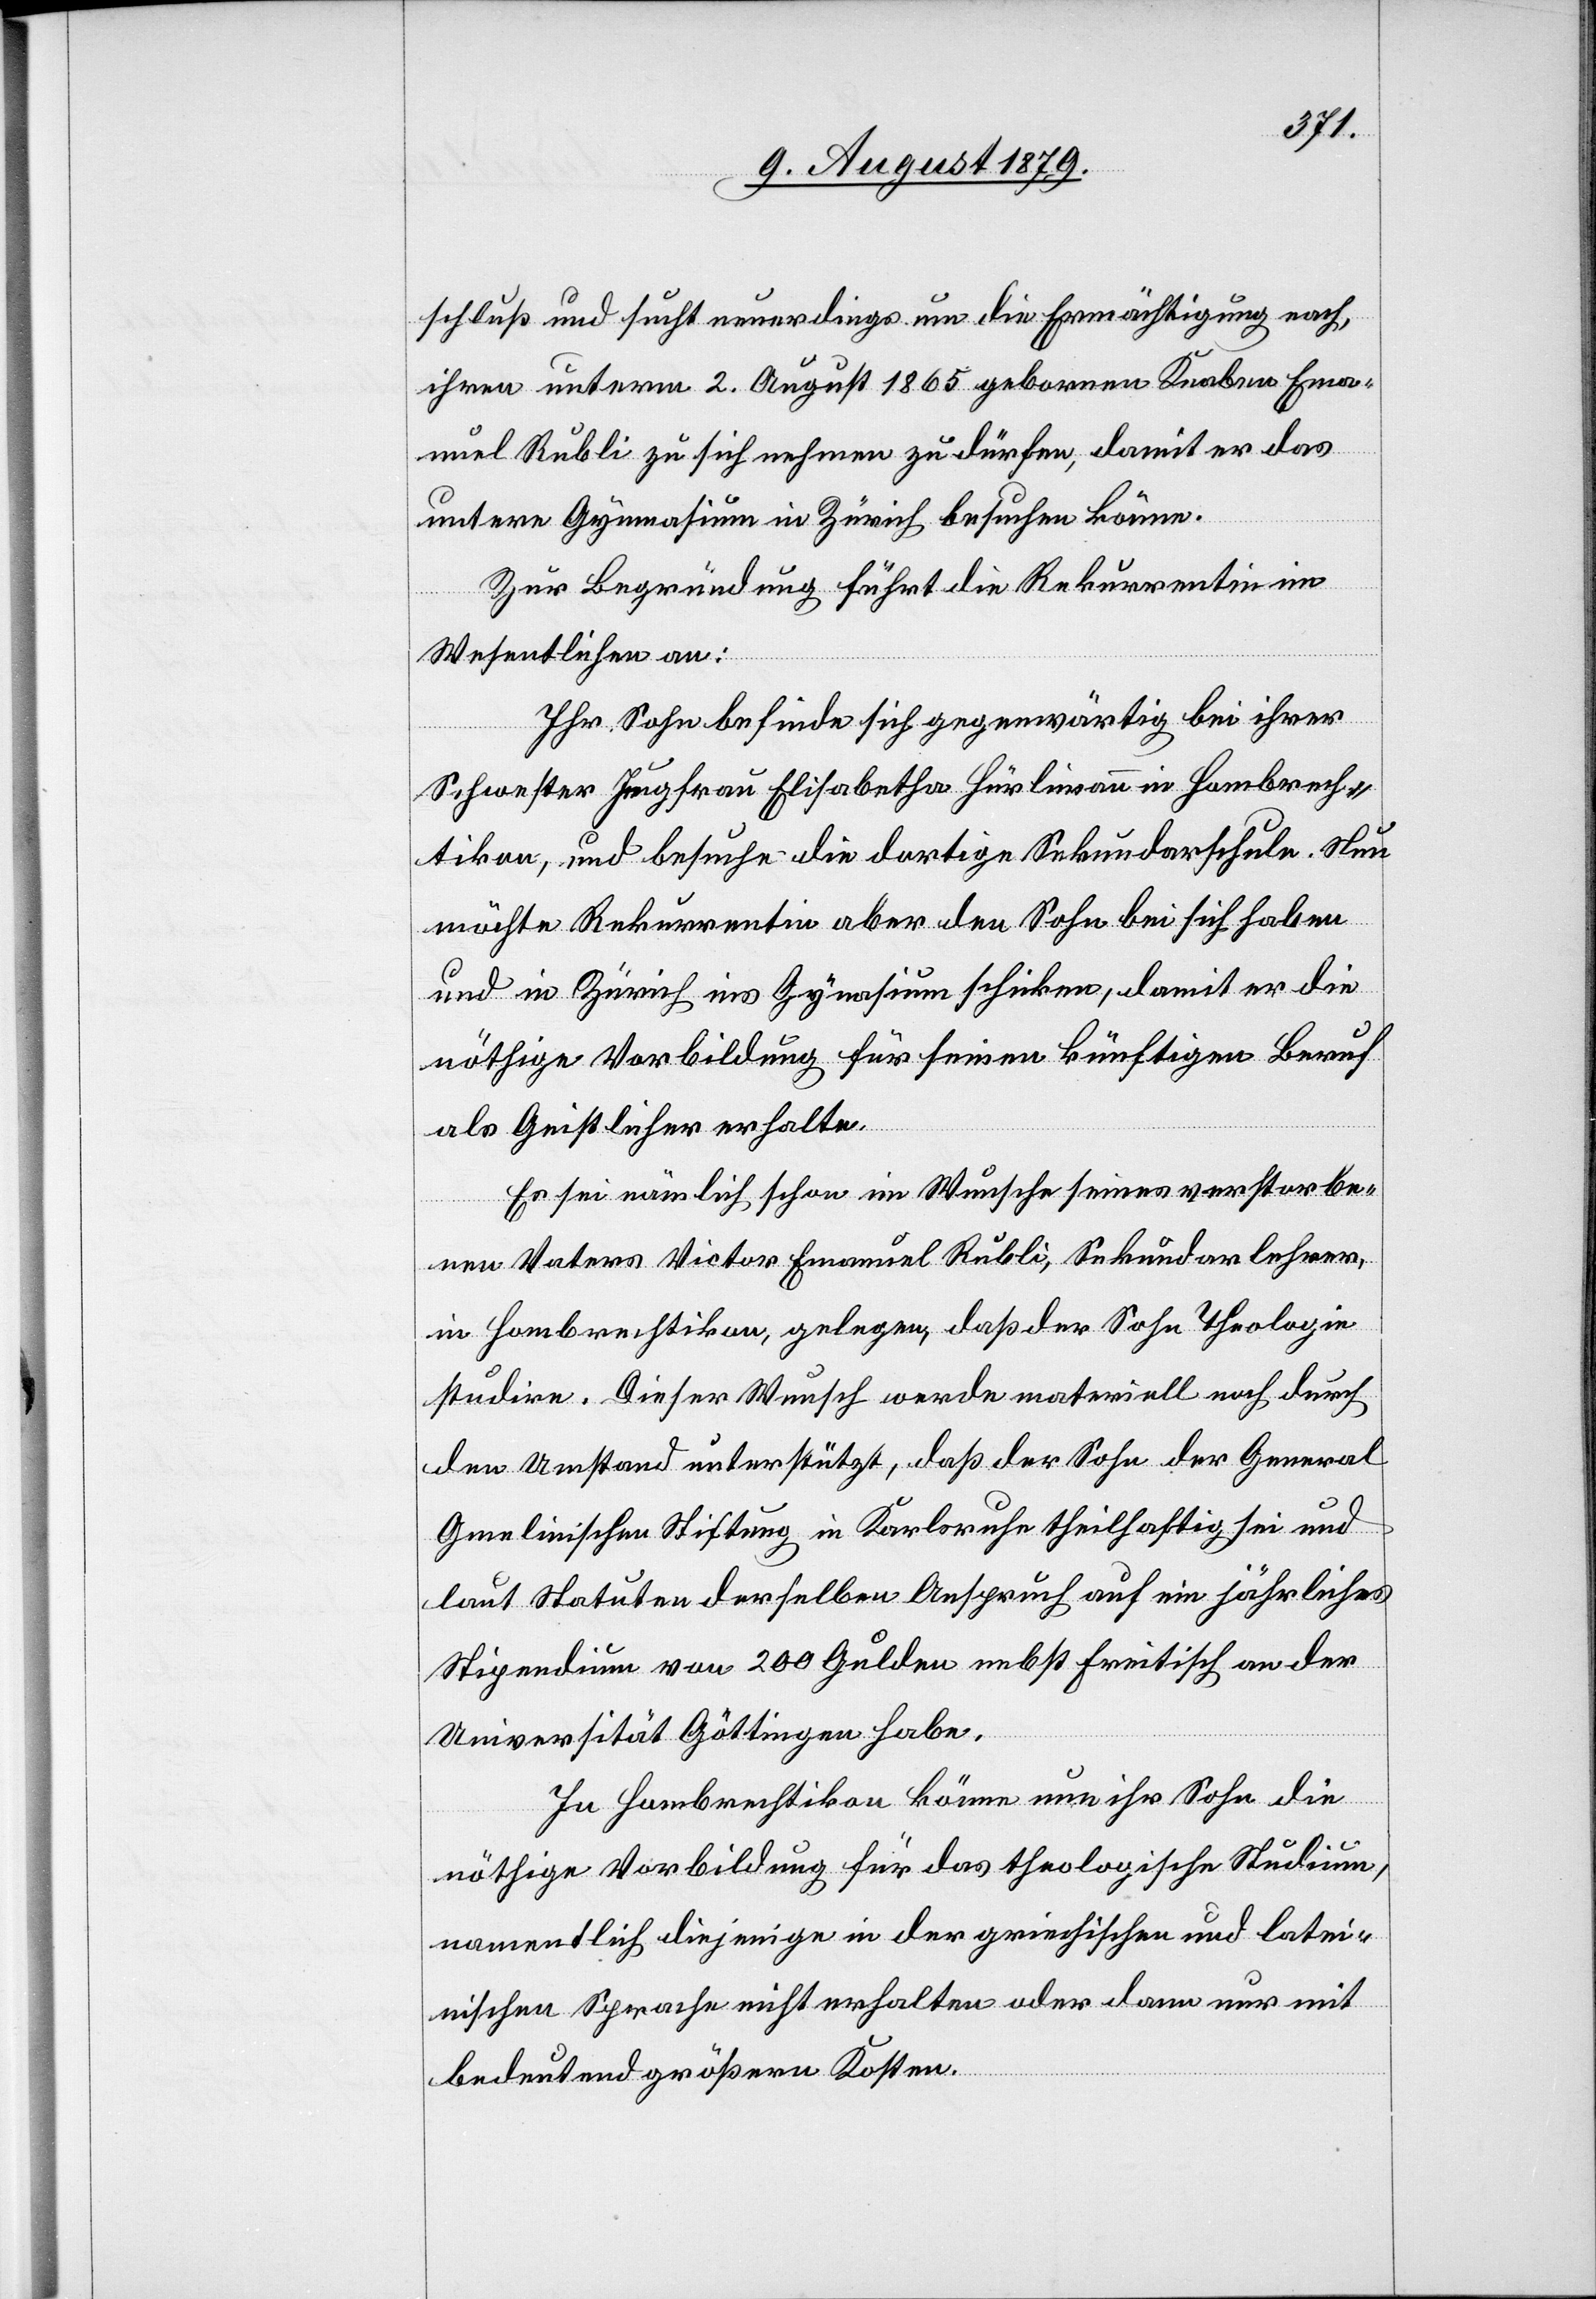
schluß und sucht neuerdings um die Ermächtigung nach,
ihren unterm 2. August 1865 gebornen Knaben Ema¬
nuel Rubli zu sich nehmen zu dürfen, damit er das
untere Gymnasium in Zürich besuchen könne.
Zur Begründung führt die Rekurrentin im
Wesentlichen an:
Ihr Sohn befinde sich gegenwärtig bei ihrer
Schwester Jungfrau Elisabetha Hürlimann in Hombrech¬
tikon, und besuche die dortige Sekundarschule. Nun
möchte Rekurrentin aber den Sohn bei sich haben
und in Zürich ins Gymnasium schicken, damit er die
nöthige Vorbildung für seinen künftigen Beruf
als Geistlicher erhalte.
Es sei nämlich schon im Wunsche seines verstorbe¬
nen Vaters Victor Emanuel Rubli, Sekundarlehrer
in Hombrechtikon gelegen, daß der Sohn Theologie
studire. Dieser Wunsch werde materiell noch durch
den Umstand unterstützt, daß der Sohn der General
Gmelinischen Stiftung in Karlsruhe theilhaftig sei und
laut Statuten derselben Anspruch auf ein jährliches
Stipendium von 200 Gulden nebst Beitisch an der
Universität Göttingen habe.
In Hombrechtikon können nun ihr Sohn die
nöthige Vorbildung für das theologische Studium,
namentlich diejenige in der griechischen und latei¬
nischen Sprache nicht erhalten oder dann nur mit
bedeutend größern Kosten.